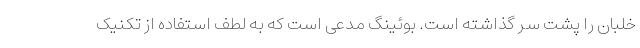
خلبان را پشت سر گذاشته است. بوئینگ مدعی است که به لطف استفاده از تکنیک